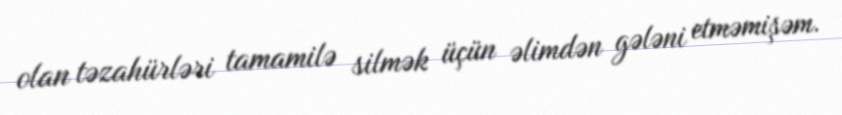
olan təzahürləri tamamilə silmək üçün əlimdən gələni etməmişəm.